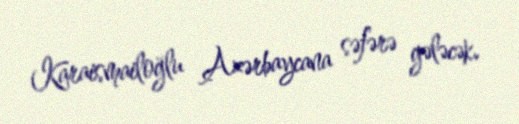
Karaismailoğlu Azərbaycana səfərə gələcək.